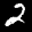
Label: 2